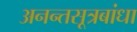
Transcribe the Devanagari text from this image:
अनन्तसूत्रबांधा